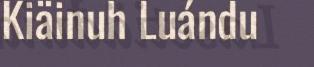
Kiäinuh Luándu